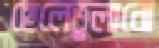
ছেলেভুলানো